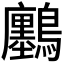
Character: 𪇮